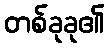
တစ်ခုခု၏